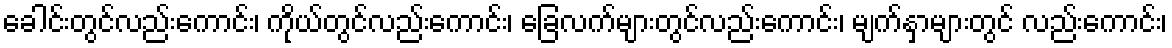
ခေါင်းတွင်လည်းကောင်း၊ ကိုယ်တွင်လည်းကောင်း၊ ခြေလက်များတွင်လည်းကောင်း၊ မျက်နှာများတွင် လည်းကောင်း၊